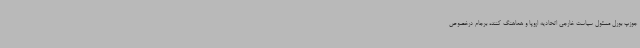
جوزپ بورل مسئول سیاست خارجی اتحادیه اروپا و هماهنگ کننده برجام درخصوص